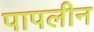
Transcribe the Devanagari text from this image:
पापलीन